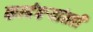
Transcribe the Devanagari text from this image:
कादंबर्‍यांतही